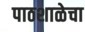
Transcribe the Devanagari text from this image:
पाठशाळेचा